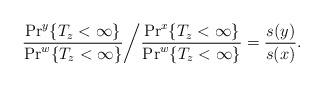
LaTeX: \begin{align*}\frac{\Pr^y\{T_z < \infty\}}{\Pr^w\{T_z < \infty\}}\bigg /\frac{\Pr^x\{T_z < \infty\}}{\Pr^w\{T_z < \infty\}}=\frac{s(y)}{s(x)}.\end{align*}